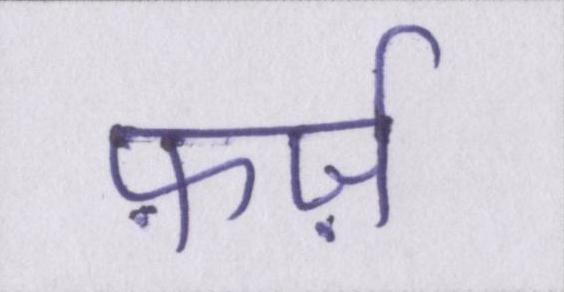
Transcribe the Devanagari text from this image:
फ़र्ज़